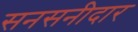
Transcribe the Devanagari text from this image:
सनसनीदार